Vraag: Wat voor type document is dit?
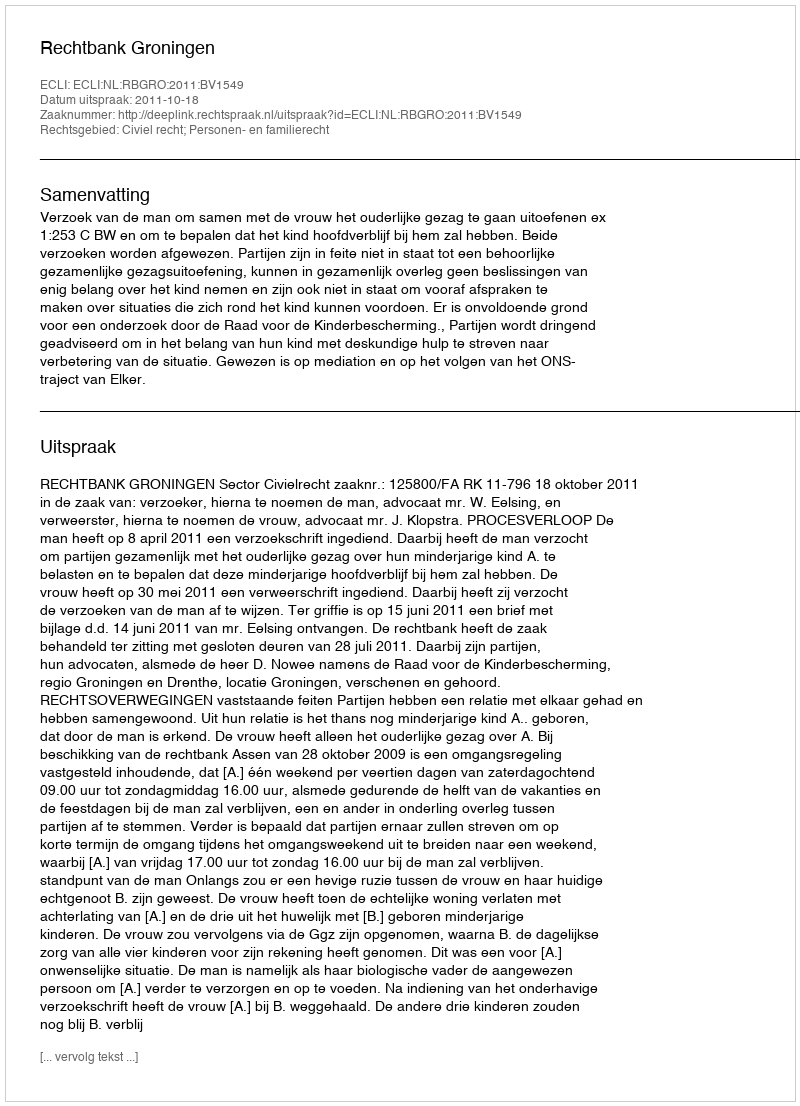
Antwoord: Uitspraak